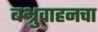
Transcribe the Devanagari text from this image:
बभ्रुवाहनचा